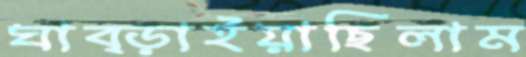
ঘাব্‌ড়াইয়াছিলাম